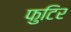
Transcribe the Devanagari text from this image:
फुटिर